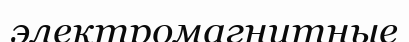
электромагнитные